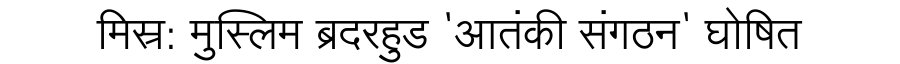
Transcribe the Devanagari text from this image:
मिस्र: मुस्लिम ब्रदरहुड 'आतंकी संगठन' घोषित